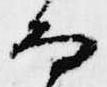
な